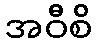
အဝီစိ